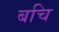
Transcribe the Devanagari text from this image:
बचि